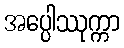
အပ္ပေါဿုက္ကာ